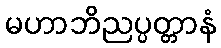
မဟာဘိညပ္ပတ္တာနံ